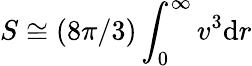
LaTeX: S\cong\left({8\pi/3}\right)\int_{0}^{\infty}v^{3}\mathrm{d}r